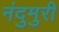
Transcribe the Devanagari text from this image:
नंदुमुरी